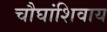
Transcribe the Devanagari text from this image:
चौघांशिवाय